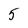
Character: 5